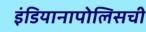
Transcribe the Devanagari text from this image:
इंडियानापोलिसची